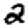
Digit: 2